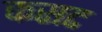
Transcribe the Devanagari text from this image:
कसट